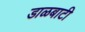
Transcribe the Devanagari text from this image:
डाळबाटी